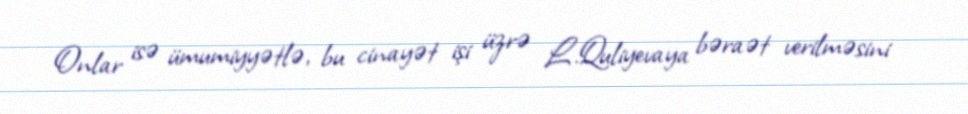
Onlar isə ümumiyyətlə, bu cinayət işi üzrə L.Quliyevaya bəraət verilməsini